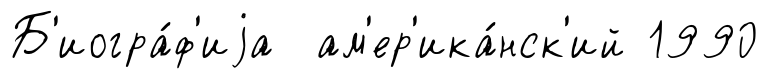
Б'иогра́ф'иjа ам'ер'ика́нск'ий 1990